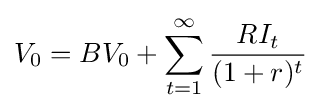
V_{0}=BV_{0}+\sum _{t=1}^{\infty }{RI_{t} \over (1+r)^{t}}